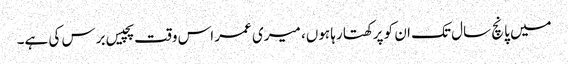
میں پانچ سال تک ان کو پرکھتا رہا ہوں، میری عمر اس وقت پچیس برس کی ہے۔